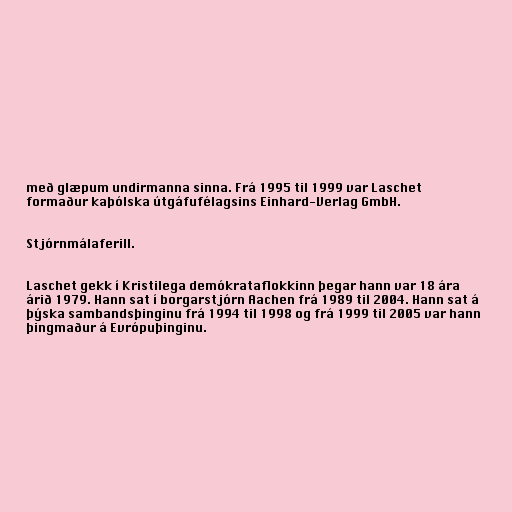
með glæpum undirmanna sinna. Frá 1995 til 1999 var Laschet
formaður kaþólska útgáfufélagsins Einhard-Verlag GmbH.

Stjórnmálaferill.

Laschet gekk í Kristilega demókrataflokkinn þegar hann var 18 ára
árið 1979. Hann sat í borgarstjórn Aachen frá 1989 til 2004. Hann sat á
þýska sambandsþinginu frá 1994 til 1998 og frá 1999 til 2005 var hann
þingmaður á Evrópuþinginu.